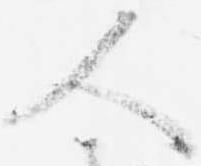
人